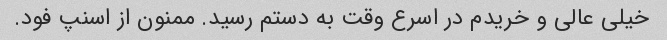
خیلی عالی و خریدم در اسرع وقت به دستم رسید. ممنون از اسنپ فود.